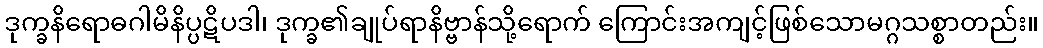
ဒုက္ခနိရောဓဂါမိနိပ္ပဋိပဒါ၊ ဒုက္ခ၏ချုပ်ရာနိဗ္ဗာန်သို့ရောက် ကြောင်းအကျင့်ဖြစ်သောမဂ္ဂသစ္စာတည်း။